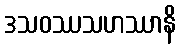
ဒသဝဿသဟဿာနိ